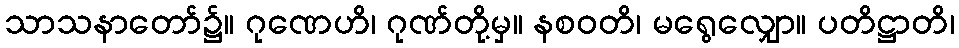
သာသနာတော်၌။ ဂုဏေဟိ၊ ဂုဏ်တို့မှ။ နစဝတိ၊ မရွေလျှော။ ပတိဋ္ဌာတိ၊